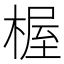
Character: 楃